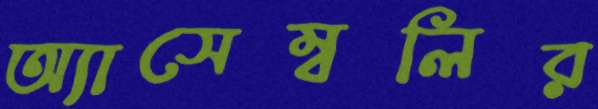
অ্যাসেম্বলির